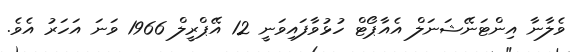
ވެލާނާ އިންޓަނޭޝަނަލް އެއާޕޯޓް ހުޅުވާފައިވަނީ 12 އޭޕްރީލް 1966 ވަނަ އަހަރު އެވެ.